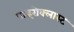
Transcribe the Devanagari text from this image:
पाइरोक्लास्ट